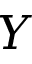
Y